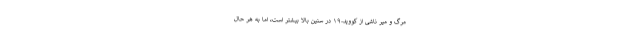
مرگ و میر ناشی از کووید-۱۹ در سنین بالا بیشتر است، اما به هر حال